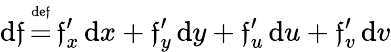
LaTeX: \operatorname{d}\! \mathfrak{f}\, {\overset{\underset{\mathrm{{de\mathfrak{f}}}}{}}{=}}\, \mathfrak{f}_{x}^{\prime}\operatorname{d}\! x+\mathfrak{f}_{y}^{\prime}\operatorname{d}\! y+\mathfrak{f}_{u}^{\prime}\operatorname{d}\! u+\mathfrak{f}_{v}^{\prime}\operatorname{d}\! v